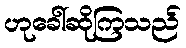
ဟုခေါ်ဆိုကြသည်